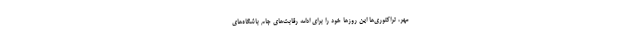
مهر، تراکتوری‌ها این روزها خود را برای ادامه رقابت‌های جام باشگاه‌های